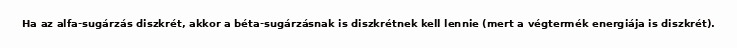
Ha az alfa-sugárzás diszkrét, akkor a béta-sugárzásnak is diszkrétnek kell lennie (mert a végtermék energiája is diszkrét).